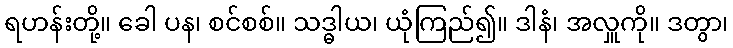
ရဟန်းတို့။ ခေါ ပန၊ စင်စစ်။ သဒ္ဓါယ၊ ယုံကြည်၍။ ဒါနံ၊ အလှူကို။ ဒတွာ၊